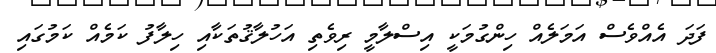
ފަދަ އެއްވެސް އަމަލެއް ހިންގުމަކީ އިސްލާމީ ރިވެތި އަހުލާޤުތަކާއި ހިލާފު ކަމެއް ކަމުގައި